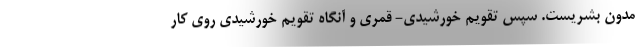
مدون بشریست. سپس تقویم خورشیدی- قمری و آنگاه تقویم خورشیدی روی کار